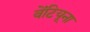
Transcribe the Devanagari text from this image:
वेंटियूना